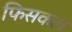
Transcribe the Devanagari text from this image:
फिसकल